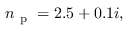
n _ { \mathrm { ~ p ~ } } = 2 . 5 + 0 . 1 i ,